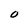
Character: o